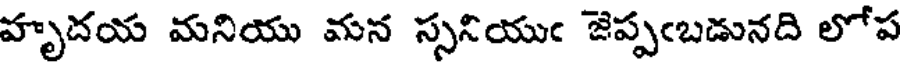
హృదయ మనియు మన స్సనియుఁ జెప్పఁబడునది లోప